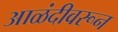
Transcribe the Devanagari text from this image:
आळंदीवरून